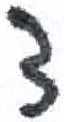
אות: צ